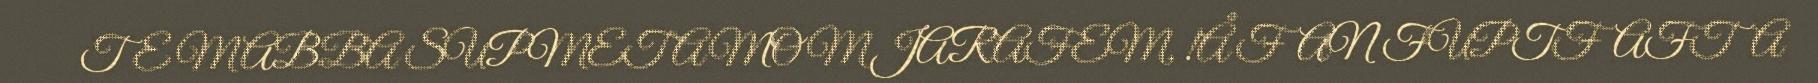
TE MABBA SUPMET AMOM JARAFEM, !Å FAN FUPTFAFTA